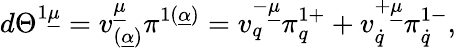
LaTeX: d\Theta^{1\underline{{\mu}}}=v_{(\underline{{\alpha}})}^{\underline{{\mu}}}\pi^{1(\underline{{\alpha}})}=v_{q}^{-\underline{{\mu}}}\pi_{q}^{1+}+v_{\dot{q}}^{+\underline{{\mu}}}\pi_{\dot{q}}^{1-},